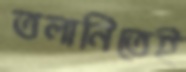
তলানিতেই